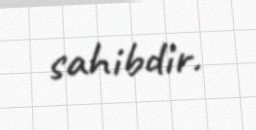
sahibdir.